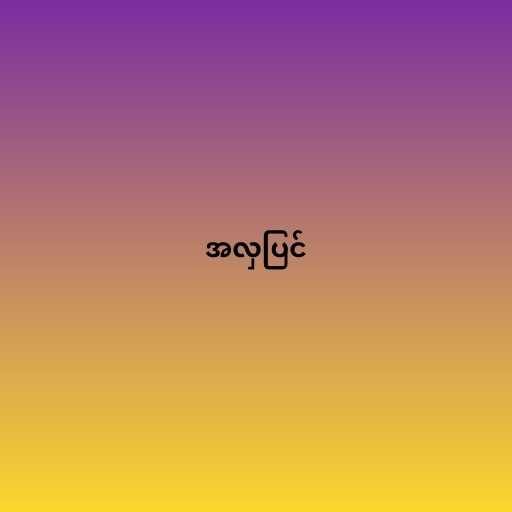
အလှပြင်